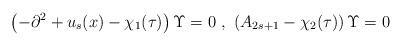
LaTeX: \begin{align*}\left(-\partial^2 +u_s(x) -\chi_1(\tau)\right)\Upsilon =0 \ , \ \left(A_{2s+1} -\chi_2(\tau) \right)\Upsilon=0 \ \end{align*}